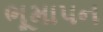
ભૂમાપન